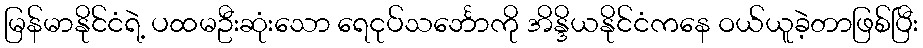
မြန်မာနိုင်ငံရဲ့ ပထမဦးဆုံးသော ရေငုပ်သင်္ဘောကို အိန္ဒိယနိုင်ငံကနေ ဝယ်ယူခဲ့တာဖြစ်ပြီး